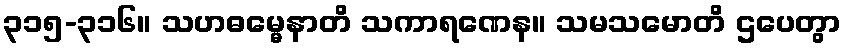
၃၁၅-၃၁၆။ သဟဓမ္မေနာတိ သကာရဏေန။ သမသမောတိ ဌပေတွာ